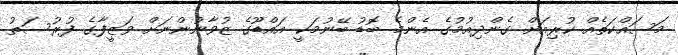
މަސައްކަތެއް ކުރިއަށް ގެންދިއުމުގެ އެންމެ ބޮޑު ބޭނުމަކީ އައްޑޫގެ ޒުވާނުންނަށް ވަޒީފާގެ ފުރުސަތު